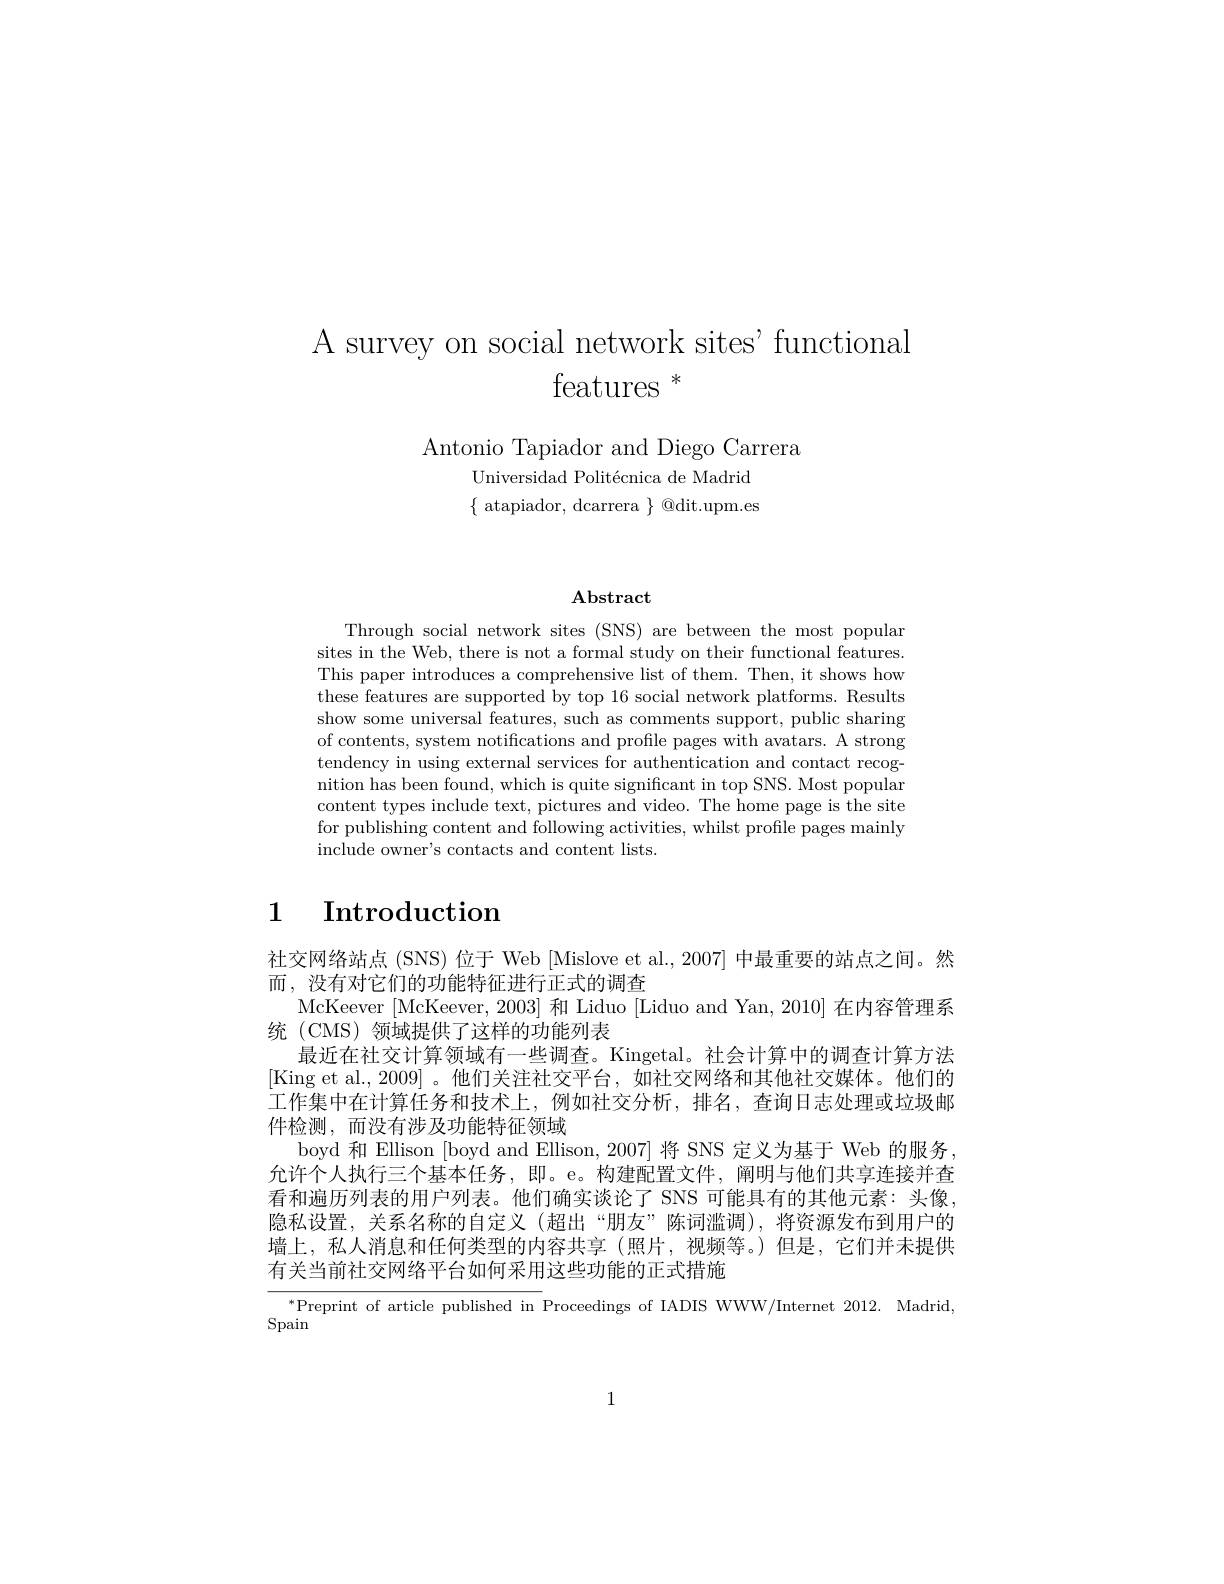
A survey on social network sites' functional

features $^*$

Antonio Tapiador and Diego Carrera
Universidad Politécnica de Madrid $\{$ atapiador, dcarrera $\}$ @dit.upm.es

# $\mathbf{Abstract}$

Through social network sites (SNS) are between the most popular sites in the Web, there is not a formal study on their functional features. This paper introduces a comprehensive list of them. Then, it shows how these features are supported by top 16 social network platforms. Results show some universal features, such as comments support, public sharing of contents, system notifications and profile pages with avatars. A strong tendency in using external services for authentication and contact recognition has been found, which is quite significant in top SNS. Most popular content types include text, pictures and video. The home page is the site for publishing content and following activities, whilst profile pages mainly include owner's contacts and content lists

# 1 $\textbf{Introduction}$

社交网络站点 (SNS) 位于 Web [Mislove et al., 2007] 中最重要的站点之间。然
而，没有对它们的功能特征进行正式的调查
McKeever [McKeever, 2003] 和 Liduo [Liduo and Yan, 2010]在内容管理系
统 (CMS)领域提供了这样的功能列表
最近在社交计算领域有一些调查。Kingetal。社会计算中的调查计算方法[King et al.,2009]。他们关注社交平台，如社交网络和其他社交媒体。他们的工作集中在计算任务和技术上，例如社交分析，排名，查询日志处理或垃圾邮件检测，而没有涉及功能特征领域
boyd 和 Ellison [boyd and Ellison, 2007] 将 SNS 定义为基于 Web 的服务， 允许个人执行三个基本任务，即。e。构建配置文件，阐明与他们共享连接并查看和遍历列表的用户列表。他们确实谈论了 SNS 可能具有的其他元素：头像， 隐私设置，关系名称的自定义(超出“朋友”陈词滥调),将资源发布到用户的墙上，私人消息和任何类型的内容共享 (照片，视频等。)但是，它们并未提供有关当前社交网络平台如何采用这些功能的正式措施

$^{*}$Preprint of article published in Proceedings of IADIS WWW/Internet 2012. Madrid,
Spain

1